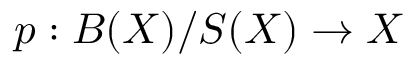
p : B ( X ) / S ( X ) \to X